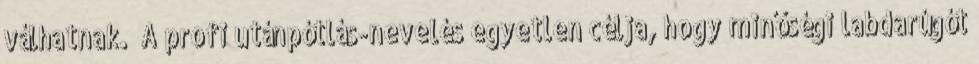
válhatnak. „A profi utánpótlás-nevelés egyetlen célja, hogy minőségi labdarúgót